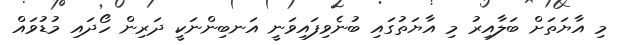
މި އާޔަތަށް ބަލާއިރު މި އާޔަތުގައި ބުނެވިފައިވަނީ އަނބިންނަކީ ދަރިން ހޯދައި މުޑުވައް